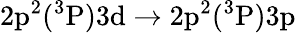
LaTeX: \mathrm{2p^{2}(^{3}P)3d\rightarrow 2p^{2}(^{3}P)3p}